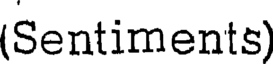
(Sentiments)